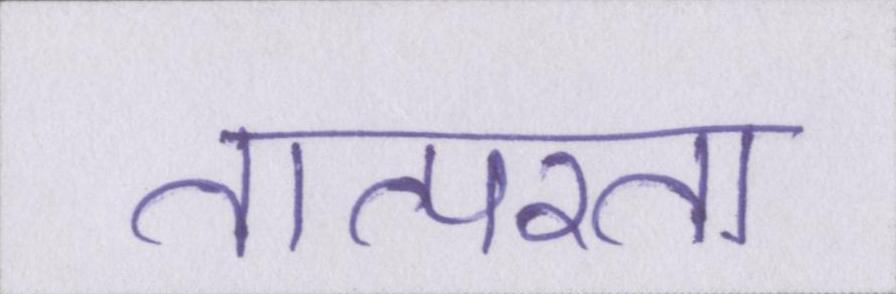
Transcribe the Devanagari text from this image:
तात्परता